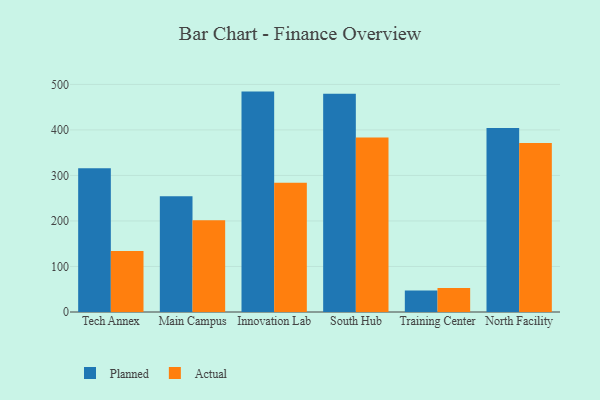
{"axis": {"x": "Campus", "y": "Active Users"}, "legend": ["Actual", "Planned"], "data": [{"x": "Tech Annex", "y": 315.8, "type": "Planned"}, {"x": "Tech Annex", "y": 134.0, "type": "Actual"}, {"x": "Main Campus", "y": 254.3, "type": "Planned"}, {"x": "Main Campus", "y": 201.6, "type": "Actual"}, {"x": "Innovation Lab", "y": 484.2, "type": "Planned"}, {"x": "Innovation Lab", "y": 283.7, "type": "Actual"}, {"x": "South Hub", "y": 479.4, "type": "Planned"}, {"x": "South Hub", "y": 383.3, "type": "Actual"}, {"x": "Training Center", "y": 47.0, "type": "Planned"}, {"x": "Training Center", "y": 52.9, "type": "Actual"}, {"x": "North Facility", "y": 404.5, "type": "Planned"}, {"x": "North Facility", "y": 371.3, "type": "Actual"}]}